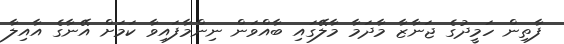
ފާތިން ހަމީދުގެ ޖަނާޒާ މާދަމާ މާލޭގައި ބާއްވަން ނިންމާފައިވާ ކަމަށް އޭނާގެ އާއިލާ